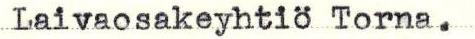
Laivaosakeyhtiö Torna.